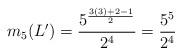
LaTeX: \begin{align*}m_5(L')=\frac{5^\frac{3(3)+2-1}{2}}{2^4}=\frac{5^5}{2^4}\end{align*}